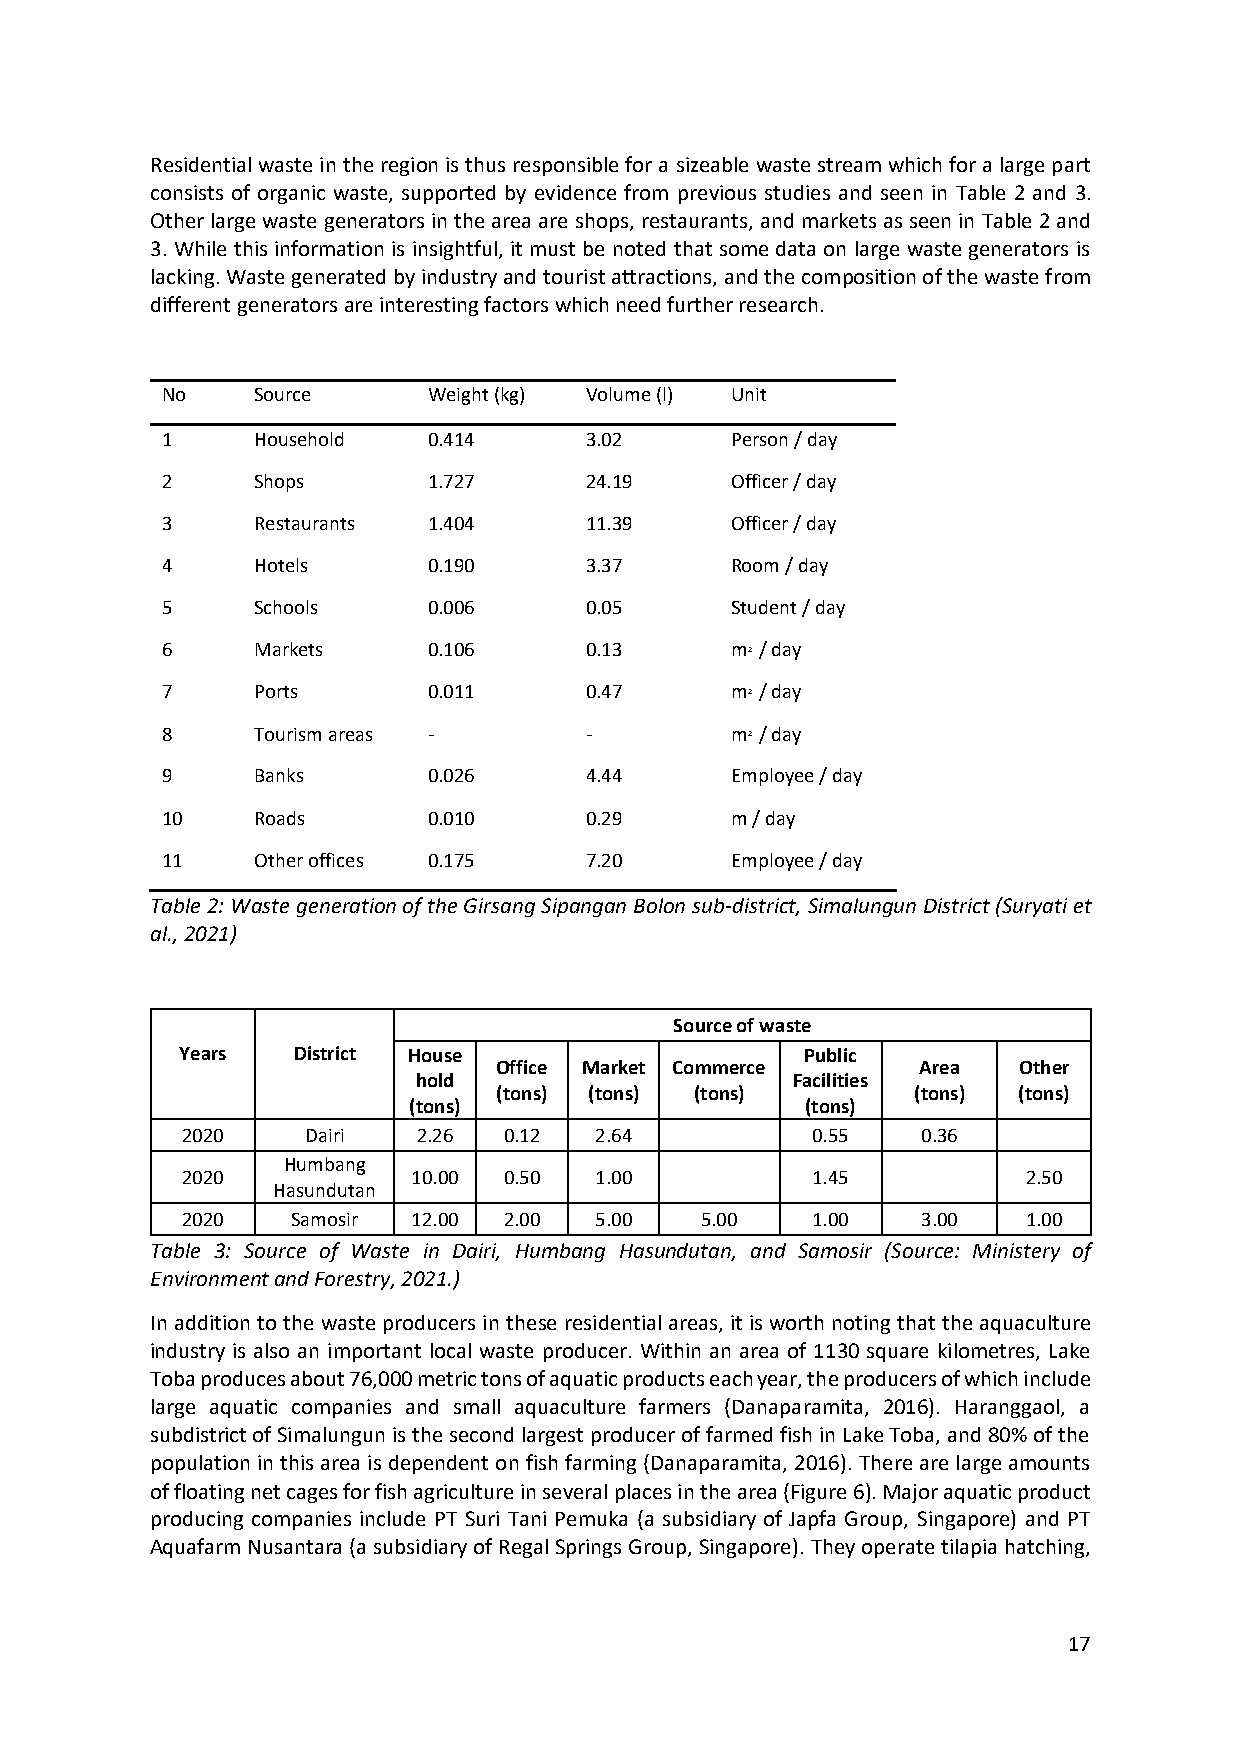
Residential waste in the region is thus responsible for a sizeable waste stream which for a large part
 consists of organic waste, supported by evidence from previous studies and seen in Table 2 and 3.
 Other large waste generators in the area are shops, restaurants, and markets as seen in Table 2 and
 3. While this information is insightful, it must be noted that some data on large waste generators is
 lacking. Waste generated by industry and tourist attractions, and the composition of the waste from
 different generators are interesting factors which need further research.
 No    Source     Weight (kg) Volume (l) Unit
 1     Household  0.414      3.02     Person / day
 2     Shops      1.727      24.19    Officer / day
 3     Restaurants 1.404     11.39    Officer / day
 4     Hotels     0.190      3.37     Room / day
 5     Schools    0.006      0.05     Student / day
 6     Markets    0.106      0.13     m2 / day
 7     Ports      0.011      0.47     m2 / day
 8     Tourism areas -       -        m2 / day
 9     Banks      0.026      4.44     Employee / day
 10    Roads      0.010      0.29     m / day
 11    Other offices 0.175   7.20     Employee / day
 Table 2: Waste generation of the Girsang Sipangan Bolon sub-district, Simalungun District (Suryati et
 al., 2021)
 Source of waste
 Years  District House                    Public
 Office Market Commerce      Area  Other
 hold                     Facilities
 (tons) (tons) (tons)       (tons) (tons)
 (tons)                    (tons)
 2020    Dairi   2.26 0.12  2.64           0.55   0.36
 Humbang
 2020           10.00 0.50  1.00           1.45          2.50
 Hasundutan
 2020   Samosir 12.00 2.00  5.00   5.00    1.00   3.00   1.00
 Table 3: Source of Waste in Dairi, Humbang Hasundutan, and Samosir (Source: Ministery of
 Environment and Forestry, 2021.)
 In addition to the waste producers in these residential areas, it is worth noting that the aquaculture
 industry is also an important local waste producer. Within an area of 1130 square kilometres, Lake
 Toba produces about 76,000 metric tons of aquatic products each year, the producers of which include
 large aquatic companies and small aquaculture farmers (Danaparamita, 2016). Haranggaol, a
 subdistrict of Simalungun is the second largest producer of farmed fish in Lake Toba, and 80% of the
 population in this area is dependent on fish farming (Danaparamita, 2016). There are large amounts
 of floating net cages for fish agriculture in several places in the area (Figure 6). Major aquatic product
 producing companies include PT Suri Tani Pemuka (a subsidiary of Japfa Group, Singapore) and PT
 Aquafarm Nusantara (a subsidiary of Regal Springs Group, Singapore). They operate tilapia hatching,
 17